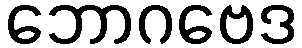
ဘောဂဗေဒ